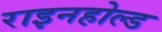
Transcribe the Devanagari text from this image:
राइनहोल्ड